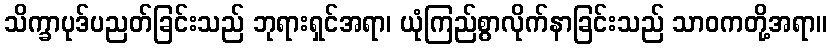
သိက္ခာပုဒ်ပညတ်ခြင်းသည် ဘုရားရှင်အရာ၊ ယုံကြည်စွာလိုက်နာခြင်းသည် သာဝကတို့အရာ။